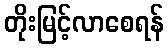
တိုးမြင့်လာစေရန်